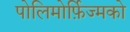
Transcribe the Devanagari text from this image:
पोलिमोर्फ़िज्मको